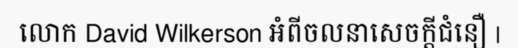
លោក David Wilkerson អំពីចលនាសេចក្តីជំនឿ |